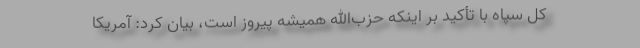
کل سپاه با تأکید بر اینکه حزب‌الله همیشه پیروز است، بیان کرد: آمریکا